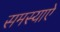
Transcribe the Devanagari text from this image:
समस्याऐ